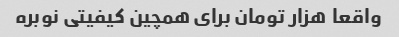
واقعا  هزار تومان برای همچین کیفیتی نوبره